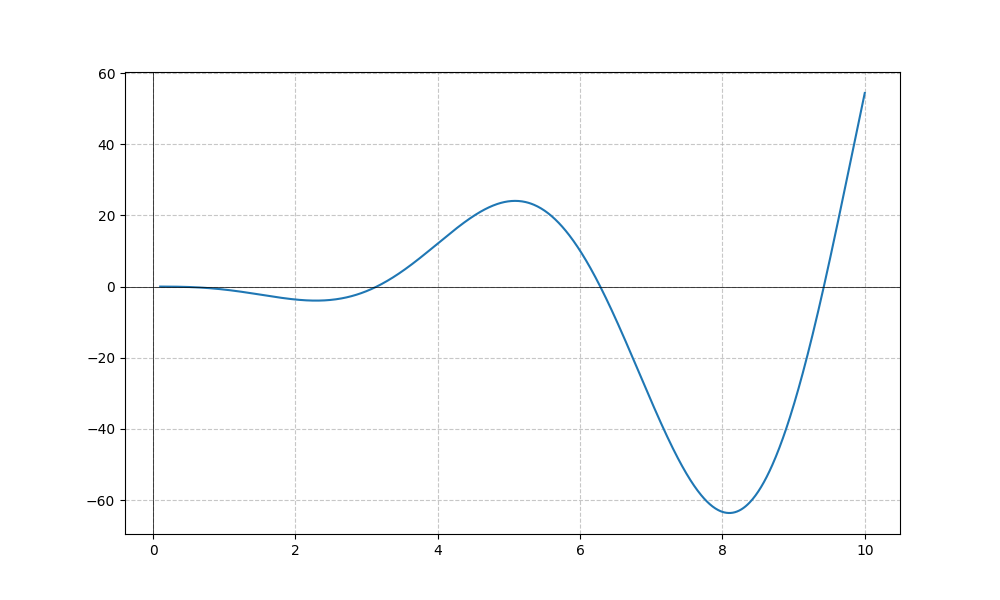
LaTeX formula: - x^{2} \sin{\left(x \right)}